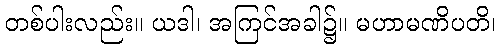
တစ်ပါးလည်း။ ယဒါ၊ အကြင်အခါ၌။ မဟာမဏိပတိ၊